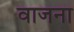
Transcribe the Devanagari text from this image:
वाजना